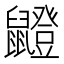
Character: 𫜣